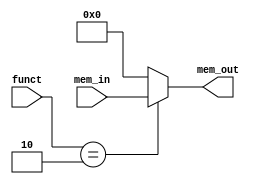
module Load_Unit(funct,mem_out,mem_in);
input [31:0] mem_in;
input[2:0] funct;
output reg [31:0] mem_out;

always@(*)
case(funct)
    3'b010://load word
        mem_out=mem_in;
    default:
        mem_out=32'b0;
    endcase

endmodule